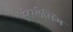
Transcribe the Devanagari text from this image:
इंटरलैसिंग